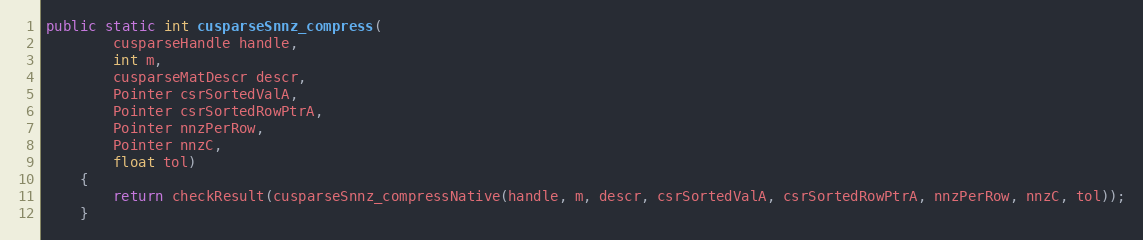
Language: Java
public static int cusparseSnnz_compress(
        cusparseHandle handle,
        int m,
        cusparseMatDescr descr,
        Pointer csrSortedValA,
        Pointer csrSortedRowPtrA,
        Pointer nnzPerRow,
        Pointer nnzC,
        float tol)
    {
        return checkResult(cusparseSnnz_compressNative(handle, m, descr, csrSortedValA, csrSortedRowPtrA, nnzPerRow, nnzC, tol));
    }